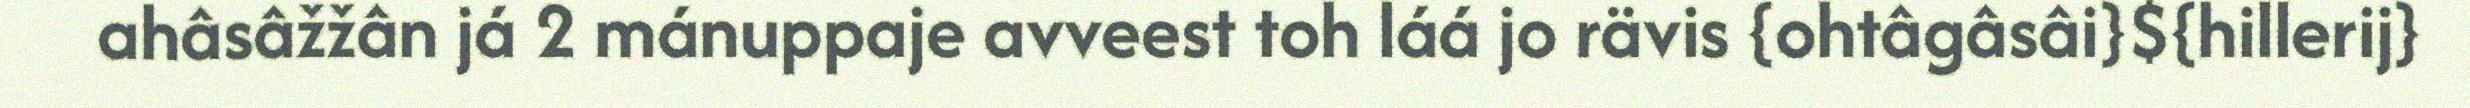
ahâsâžžân já 2 mánuppaje avveest toh láá jo rävis {ohtâgâsâi}${hillerij}